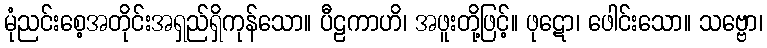
မုံညင်းစေ့အတိုင်းအရှည်ရှိကုန်သော။ ပီဠကာဟိ၊ အဖူးတို့ဖြင့်။ ဖုဋော၊ ဖေါင်းသော။ သဗ္ဗော၊